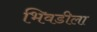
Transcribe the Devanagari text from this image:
भिवडीला